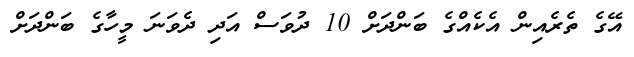
އޭގެ ތެރެއިން އެކެއްގެ ބަންދަށް 10 ދުވަސް އަދި ދެވަނަ މީހާގެ ބަންދަށް